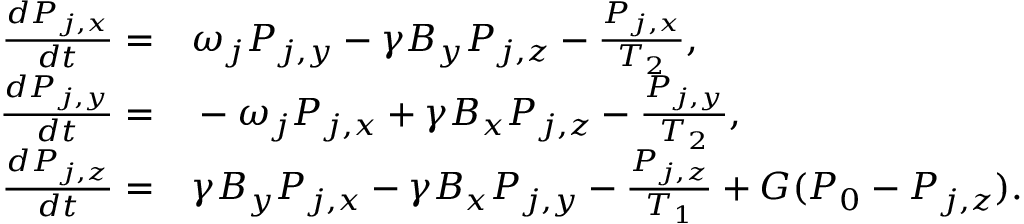
\begin{array} { r l } { \frac { d P _ { j , x } } { d t } = } & { { } \omega _ { j } P _ { j , y } - \gamma B _ { y } P _ { j , z } - \frac { P _ { j , x } } { T _ { 2 } } , } \\ { \frac { d P _ { j , y } } { d t } = } & { { } - \omega _ { j } P _ { j , x } + \gamma B _ { x } P _ { j , z } - \frac { P _ { j , y } } { T _ { 2 } } , } \\ { \frac { d P _ { j , z } } { d t } = } & { { } \gamma B _ { y } P _ { j , x } - \gamma B _ { x } P _ { j , y } - \frac { P _ { j , z } } { T _ { 1 } } + G ( P _ { 0 } - P _ { j , z } ) . } \end{array}